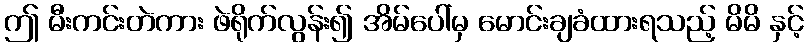
ဤ မီးကင်းတဲကား ဖဲရိုက်လွန်း၍ အိမ်ပေါ်မှ မောင်းချခံထားရသည့် မိမိ နှင့်